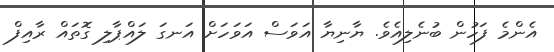
އެންމެ ފަހުން ބުނެލިއެވެ. ޔާނިޔާ އަވަސް އަވަހަށް އަނގަ ލައްޕާލި ގޮތައް ރާއިފް